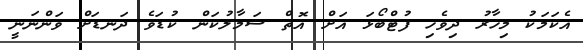
އެކަމަކު މިހާރު ދިވެހި ފުޓްބޯޅަ އަށް އޮތް ސަމާލުކަން ކުޑަވެ ދަނޑަށް ވަންނަނީ